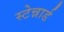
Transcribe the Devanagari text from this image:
स्टेन्नार्ड